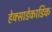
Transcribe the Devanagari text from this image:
हेक्साडेकाडिक